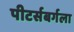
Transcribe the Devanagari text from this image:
पीटर्सबर्गला